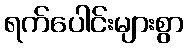
ရက်ပေါင်းများစွာ